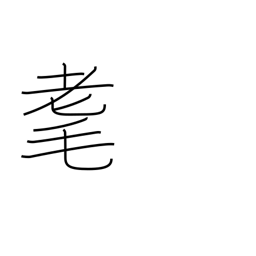
Meaning: senility